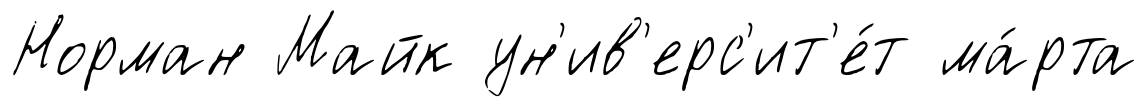
Норман Майк ун'ив'ерс'ит'е́т ма́рта